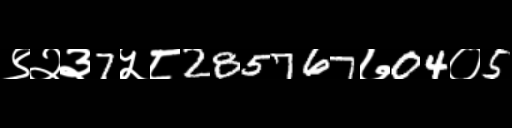
Text: ९२३7५८285767७04०5